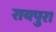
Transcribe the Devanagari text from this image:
रायपुर।